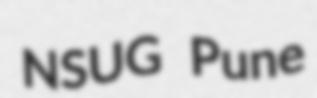
NSUG Pune